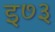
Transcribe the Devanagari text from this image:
इ७३